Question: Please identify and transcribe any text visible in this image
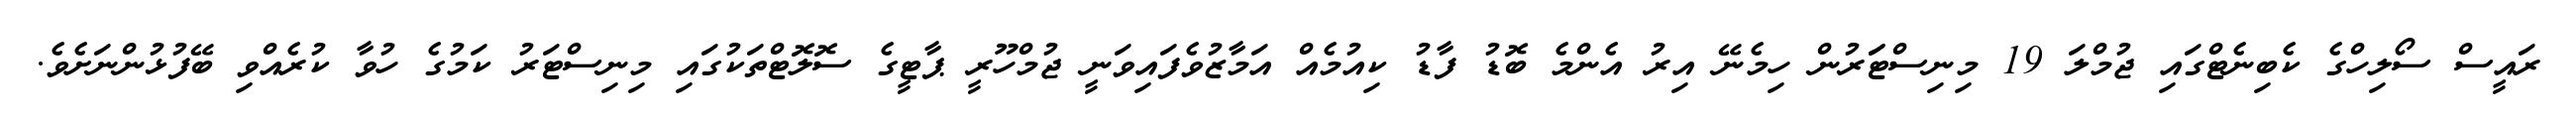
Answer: ރައީސް ސޯލިހްގެ ކެބިނެޓްގައި ޖުމްލަ 19 މިނިސްޓަަރުން ހިމެނޭ އިރު އެންމެ ބޮޑު ފާޑު ކިއުމެއް އަމާޒުވެފައިވަނީ ޖުމްހޫރީ ޕާޓީގެ ސޮލޮޓްތަކުގައި މިނިސްޓަރު ކަމުގެ ހުވާ ކުރެއްވި ބޭފުޅުންނަށެވެ.